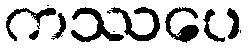
ကဿပေ